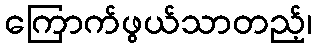
ကြောက်ဖွယ်သာတည့်၊